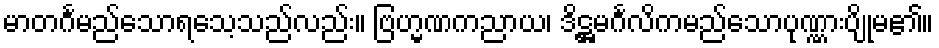
မာတင်္ဂမည်သောရသေ့သည်လည်း။ ဗြဟ္မဏကညာယ၊ ဒိဋ္ဌမင်္ဂလိကမည်သောပုဏ္ဏားပျိုမ၏။